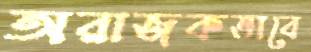
অরাজকভাবে